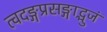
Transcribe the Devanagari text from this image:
त्वदङ्गप्रसङ्गाद्भुजं